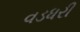
વડધરી